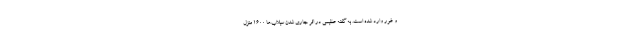
و غور وارد شده است. به گفته عظیمی در اثر جاری شدن سیلاب‌ها 1600 منزل